Riigikantselei, lk 11
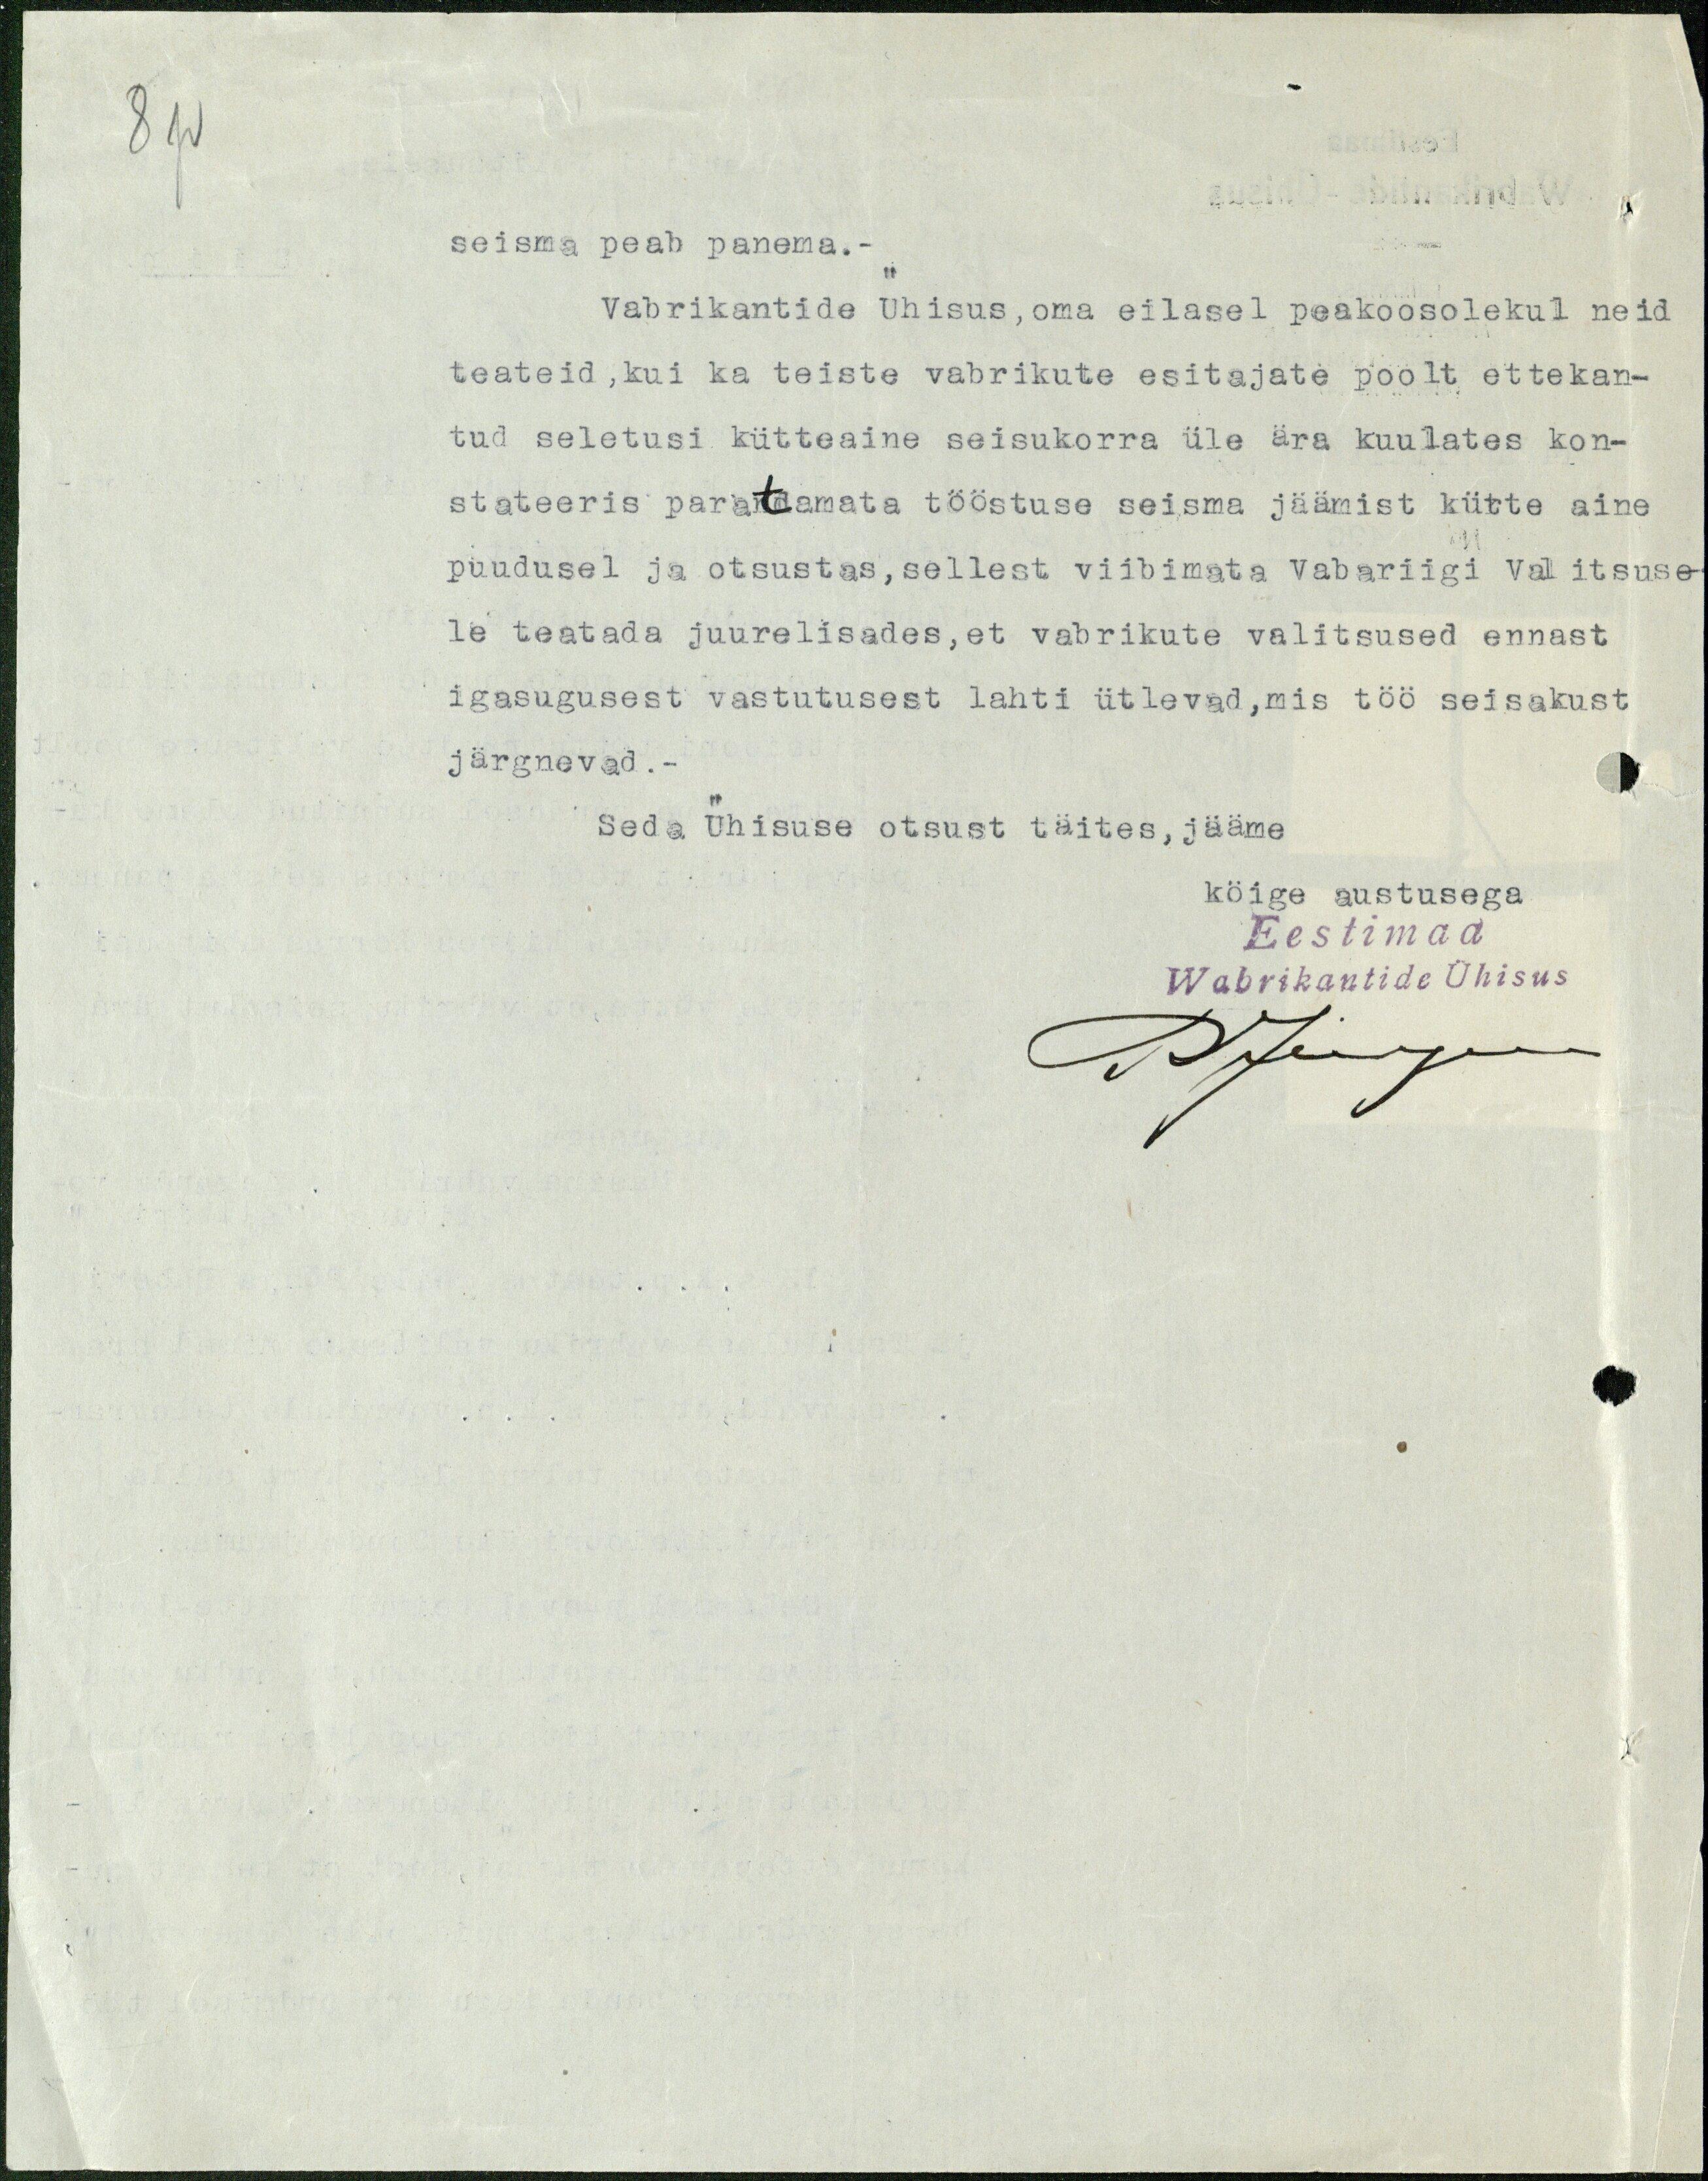
8p

seisma peab panema.-
Vabrikantide Ühisus, oma eilasel peakoosolekul neid
teateid, kui ka teiste vabrikute esitajate poolt ettekan-
tud seletusi kütteaine seisukorra üle ära kuulates kon-
stateeris paratamata tööstuse seisma jäämist kütte aine
puudusel ja otsustas, sellest viibimata Vabariigi Valitsuse-
le teatada juurelisades, et vabrikute valitsused ennast
igasugusest vastutusest lahti ütlevad, mis töö seisakust
järgnevad.-
Seda Ühisuse otsust täites, jääme
köige austusega
Eestimaa
Wabrikantide Ühisus